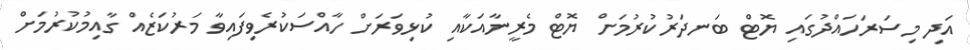
އަދި މިސަރަހައްދުގައި ޔޮޓް ބަނދަރުކުރުމަށް ޔޮޓް މެރީނާއަކާއި ކުޅިވަރަށް ހާއްސަކުރެވިފައިވާ މަރުކަޒެއް ގާއިމުކުރުމަށް